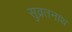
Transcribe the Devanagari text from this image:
सुव्रतनाथ